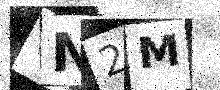
Text: UN2M